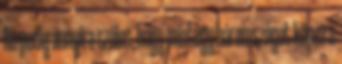
Ha pedig annyira széles, hogy mintegy háromszöget képez a